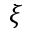
\xi